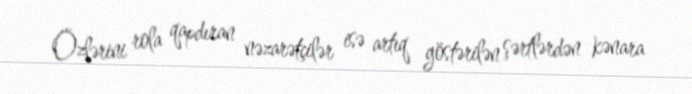
Özlərini rola qapdıran nəzarətçilər isə artıq göstərilən şərtlərdən kənara